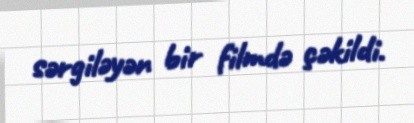
sərgiləyən bir filmdə çəkildi.